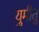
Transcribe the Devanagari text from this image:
युमीतु